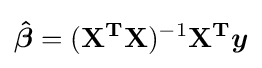
{\boldsymbol {\hat {\beta }}}=(\mathbf {X} ^{\mathbf {T} }\mathbf {X} )^{-1}\mathbf {X} ^{\mathbf {T} }{\boldsymbol {y}}